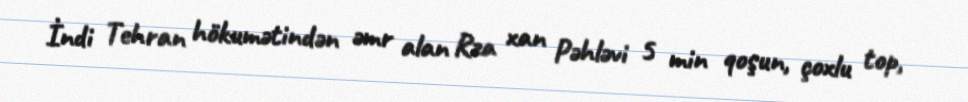
İndi Tehran hökumətindən əmr alan Rza xan Pəhləvi 5 min qoşun, çoxlu top,